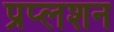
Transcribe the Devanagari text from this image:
प्रप्लशन